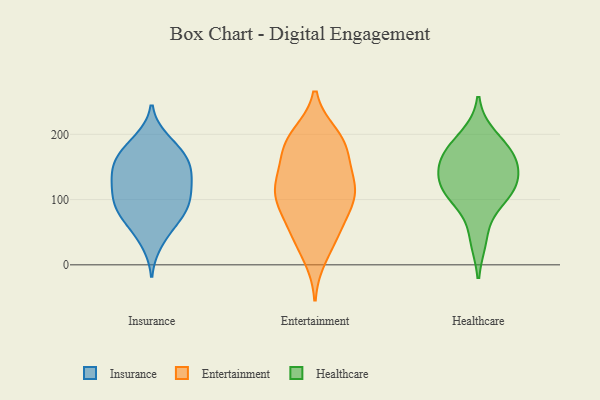
{"axis": {"x": "Gross Profit (USD K)", "y": "Value"}, "legend": ["Entertainment", "Healthcare", "Insurance"], "data": [{"x": "", "y": 154, "type": "Insurance"}, {"x": "", "y": 118, "type": "Insurance"}, {"x": "", "y": 52, "type": "Insurance"}, {"x": "", "y": 107, "type": "Insurance"}, {"x": "", "y": 145, "type": "Insurance"}, {"x": "", "y": 92, "type": "Insurance"}, {"x": "", "y": 168, "type": "Insurance"}, {"x": "", "y": 192, "type": "Insurance"}, {"x": "", "y": 122, "type": "Insurance"}, {"x": "", "y": 170, "type": "Insurance"}, {"x": "", "y": 111, "type": "Insurance"}, {"x": "", "y": 134, "type": "Insurance"}, {"x": "", "y": 82, "type": "Insurance"}, {"x": "", "y": 71, "type": "Insurance"}, {"x": "", "y": 187, "type": "Insurance"}, {"x": "", "y": 159, "type": "Insurance"}, {"x": "", "y": 82, "type": "Insurance"}, {"x": "", "y": 84, "type": "Insurance"}, {"x": "", "y": 34, "type": "Insurance"}, {"x": "", "y": 144, "type": "Insurance"}, {"x": "", "y": 171, "type": "Entertainment"}, {"x": "", "y": 192, "type": "Entertainment"}, {"x": "", "y": 103, "type": "Entertainment"}, {"x": "", "y": 69, "type": "Entertainment"}, {"x": "", "y": 179, "type": "Entertainment"}, {"x": "", "y": 12, "type": "Entertainment"}, {"x": "", "y": 112, "type": "Entertainment"}, {"x": "", "y": 197, "type": "Entertainment"}, {"x": "", "y": 135, "type": "Entertainment"}, {"x": "", "y": 199, "type": "Entertainment"}, {"x": "", "y": 35, "type": "Entertainment"}, {"x": "", "y": 118, "type": "Entertainment"}, {"x": "", "y": 98, "type": "Entertainment"}, {"x": "", "y": 172, "type": "Entertainment"}, {"x": "", "y": 111, "type": "Entertainment"}, {"x": "", "y": 58, "type": "Entertainment"}, {"x": "", "y": 53, "type": "Entertainment"}, {"x": "", "y": 106, "type": "Entertainment"}, {"x": "", "y": 138, "type": "Entertainment"}, {"x": "", "y": 123, "type": "Healthcare"}, {"x": "", "y": 167, "type": "Healthcare"}, {"x": "", "y": 103, "type": "Healthcare"}, {"x": "", "y": 168, "type": "Healthcare"}, {"x": "", "y": 197, "type": "Healthcare"}, {"x": "", "y": 122, "type": "Healthcare"}, {"x": "", "y": 143, "type": "Healthcare"}, {"x": "", "y": 167, "type": "Healthcare"}, {"x": "", "y": 40, "type": "Healthcare"}, {"x": "", "y": 106, "type": "Healthcare"}]}